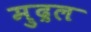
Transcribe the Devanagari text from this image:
मुद्रल